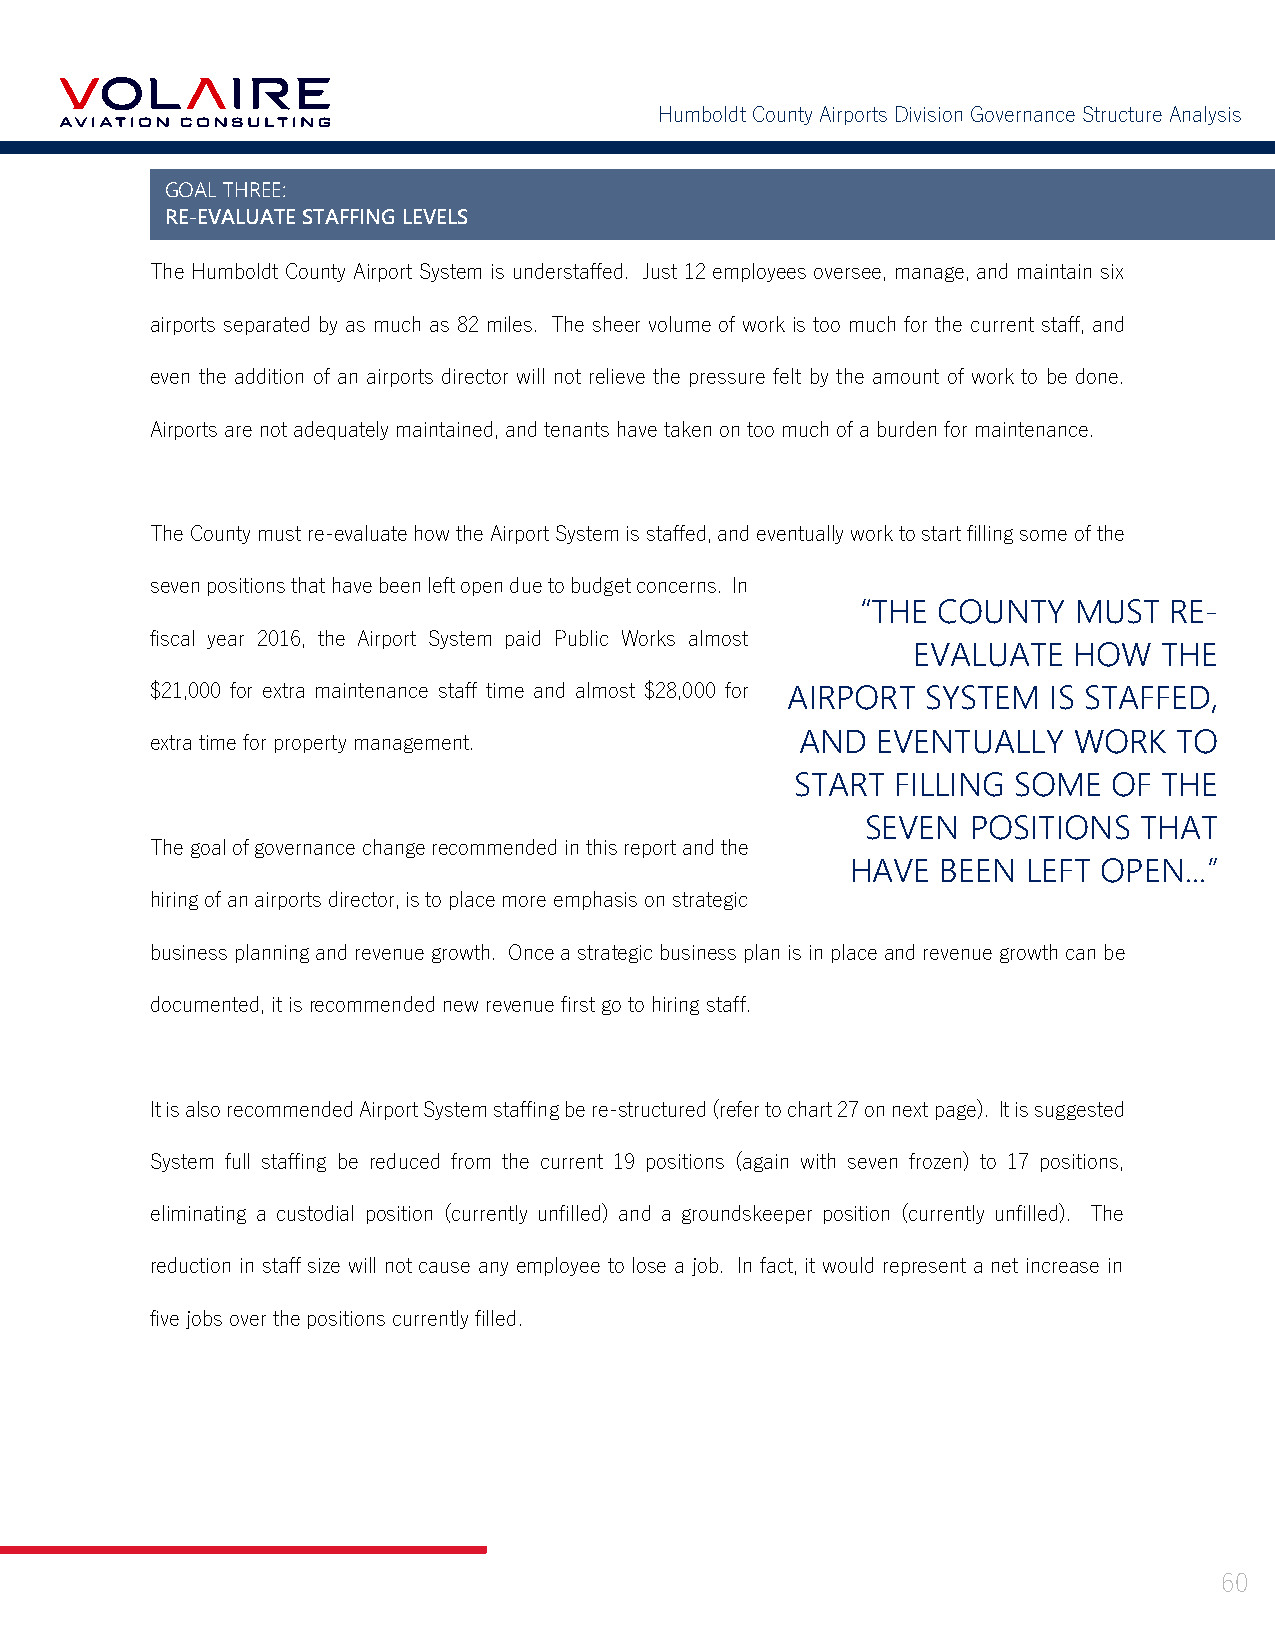
Humboldt County Airports Division Governance Structure Analysis
 GOAL THREE:
 RE-EVALUATE STAFFING LEVELS
 The Humboldt County Airport System is understaffed. Just 12 employees oversee, manage, and maintain six
 airports separated by as much as 82 miles. The sheer volume of work is too much for the current staff, and
 even the addition of an airports director will not relieve the pressure felt by the amount of work to be done.
 Airports are not adequately maintained, and tenants have taken on too much of a burden for maintenance.
 The County must re-evaluate how the Airport System is staffed, and eventually work to start filling some of the
 seven positions that have been left open due to budget concerns. In
 “THE COUNTY   MUST  RE-
 fiscal year 2016, the Airport System paid Public Works almost
 EVALUATE   HOW   THE
 $21,000 for extra maintenance staff time and almost $28,000 for AIRPORT SYSTEM IS STAFFED,
 extra time for property management.        AND  EVENTUALLY   WORK   TO
 START FILLING SOME   OF THE
 SEVEN  POSITIONS  THAT
 The goal of governance change recommended in this report and the
 HAVE  BEEN  LEFT OPEN...”
 hiring of an airports director, is to place more emphasis on strategic
 business planning and revenue growth. Once a strategic business plan is in place and revenue growth can be
 documented, it is recommended new revenue first go to hiring staff.
 It is also recommended Airport System staffing be re-structured (refer to chart 27 on next page). It is suggested
 System full staffing be reduced from the current 19 positions (again with seven frozen) to 17 positions,
 eliminating a custodial position (currently unfilled) and a groundskeeper position (currently unfilled). The
 reduction in staff size will not cause any employee to lose a job. In fact, it would represent a net increase in
 five jobs over the positions currently filled.
 60